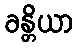
ခန္တိယာ